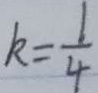
k = \frac { 1 } { 4 }